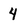
Character: 4